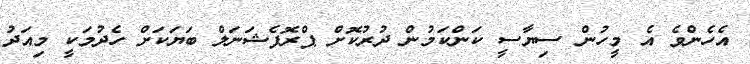
އެހެންވެ އެ މީހުން ސިޔާސީ ކަންކަމުން ދުރުކޮށް ޕްރޮފެޝަނަލް ބަޔަކަށް ހެދުމަކީ މިއަދު